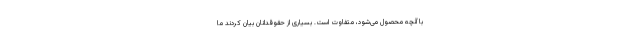
با آنچه محصول می‌شود، متفاوت است. بسیاری از حقوقدانان بیان کردند ما